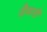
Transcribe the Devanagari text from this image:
ज़ैचारी